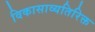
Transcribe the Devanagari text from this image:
विकासाव्यतिरिक्त